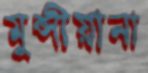
মুন্সীয়ানা